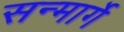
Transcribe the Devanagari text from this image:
सन्मार्गे